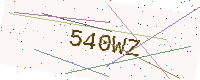
Text: 540WZ